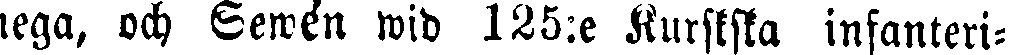
nega, och Sewén wid 125:e Kurskska infanteri-